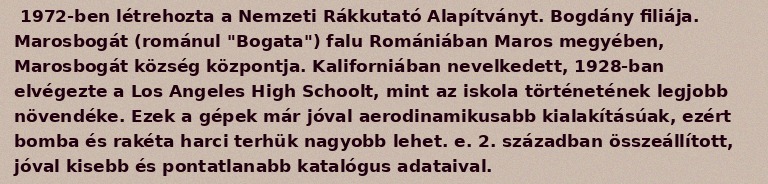
1972-ben létrehozta a Nemzeti Rákkutató Alapítványt. Bogdány filiája. Marosbogát (románul "Bogata") falu Romániában Maros megyében, Marosbogát község központja. Kaliforniában nevelkedett, 1928-ban elvégezte a Los Angeles High Schoolt, mint az iskola történetének legjobb növendéke. Ezek a gépek már jóval aerodinamikusabb kialakításúak, ezért bomba és rakéta harci terhük nagyobb lehet. e. 2. században összeállított, jóval kisebb és pontatlanabb katalógus adataival.